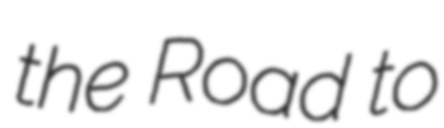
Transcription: the Road to